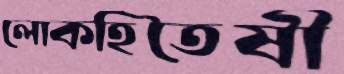
লোকহিতৈষী